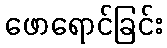
ဖောရောင်ခြင်း